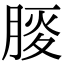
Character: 𦜒